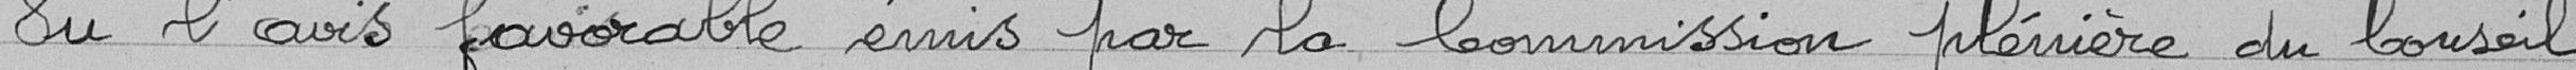
Vu l'avis favorable émis par la Commission plénière du Conseil